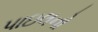
પાઇલનો